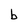
Character: b